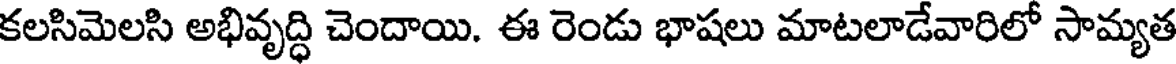
కలసిమెలసి అభివృద్ధి చెందాయి. ఈ రెండు భాషలు మాటలాడేవారిలో సామ్యత